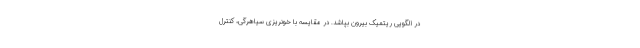
در الگویی ریتمیک بیرون بپاشد. در مقایسه با خونریزی سیاهرگی، کنترل